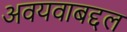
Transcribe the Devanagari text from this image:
अवयवाबद्दल